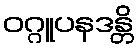
ဝဂ္ဂူပနဒန္တိ